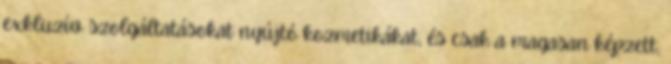
exkluzív szolgáltatásokat nyújtó kozmetikákat, és csak a magasan képzett,